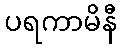
ပရကာမိနီ